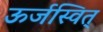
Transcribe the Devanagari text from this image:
ऊर्जस्वित्